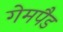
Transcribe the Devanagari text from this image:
गेमपैड